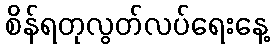
စိန်ရတုလွတ်လပ်ရေးနေ့